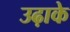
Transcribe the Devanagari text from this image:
उढ़ाके